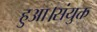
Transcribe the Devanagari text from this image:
हुआ।संयुक्त